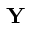
\mathbf { Y }